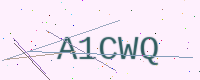
Text: A1CWQ